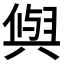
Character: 𭁕